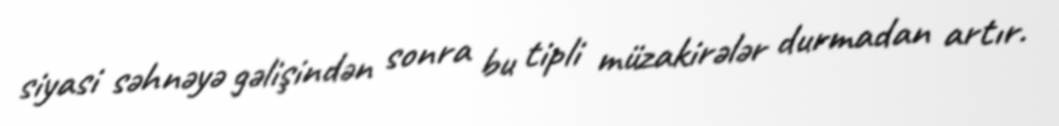
siyasi səhnəyə gəlişindən sonra bu tipli müzakirələr durmadan artır.